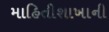
માહિતીશાખાની